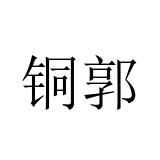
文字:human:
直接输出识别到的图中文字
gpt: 铜郭